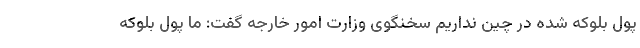
پول بلوکه شده در چین نداریم سخنگوی وزارت امور خارجه گفت: ما پول بلوکه